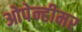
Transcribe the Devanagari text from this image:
ओपेन्हीमर